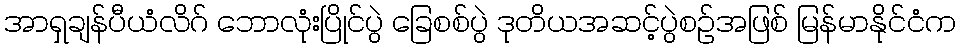
အာရှချန်ပီယံလိဂ် ဘောလုံးပြိုင်ပွဲ ခြေစစ်ပွဲ ဒုတိယအဆင့်ပွဲစဉ်အဖြစ် မြန်မာနိုင်ငံက